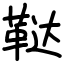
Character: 鞑